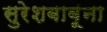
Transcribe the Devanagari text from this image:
सुरेशबाबूंना